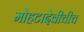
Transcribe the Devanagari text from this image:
मोहटादेवीचीच